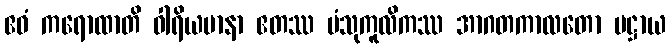
ဧဝံ ကရောထာတိ ဝါရိယမာနာ ဧတဿ ပံသုကူလိကဿ အာဂတကာလတော ပဋ္ဌာယ